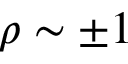
\rho \sim \pm 1